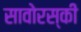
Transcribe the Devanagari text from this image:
सावोरस्की